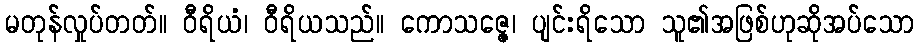
မတုန်လှုပ်တတ်။ ဝီရိယံ၊ ဝီရိယသည်။ ကောသဇ္ဇေ၊ ပျင်းရိသော သူ၏အဖြစ်ဟုဆိုအပ်သော